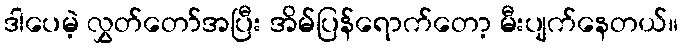
ဒါပေမဲ့ လွှတ်တော်အပြီး အိမ်ပြန်ရောက်တော့ မီးပျက်နေတယ်။